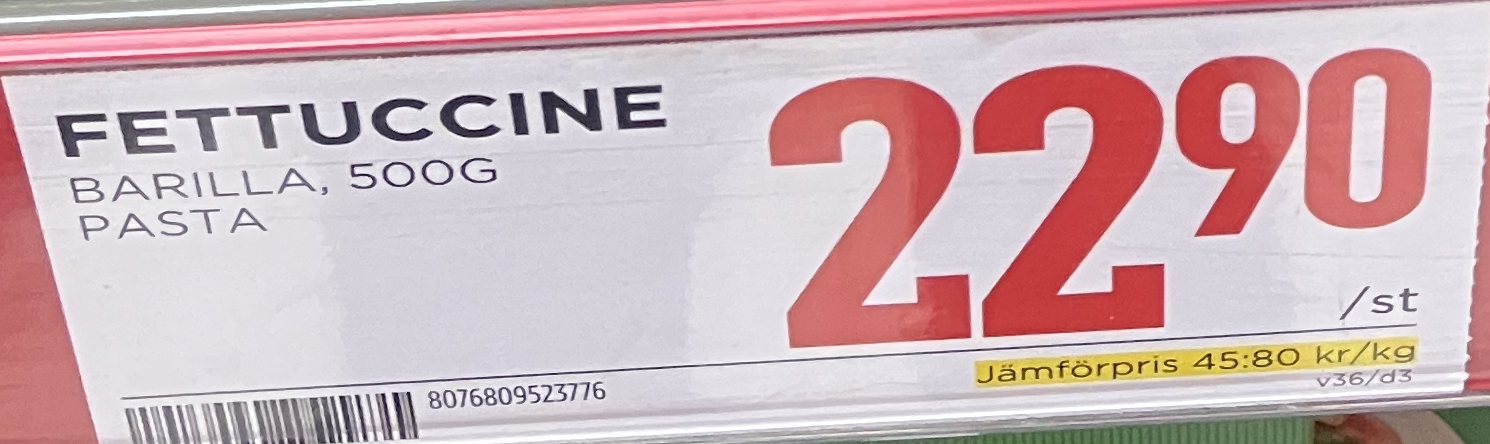
Vara: Fettuccine
Genomsnittspris: 45.8 per kg